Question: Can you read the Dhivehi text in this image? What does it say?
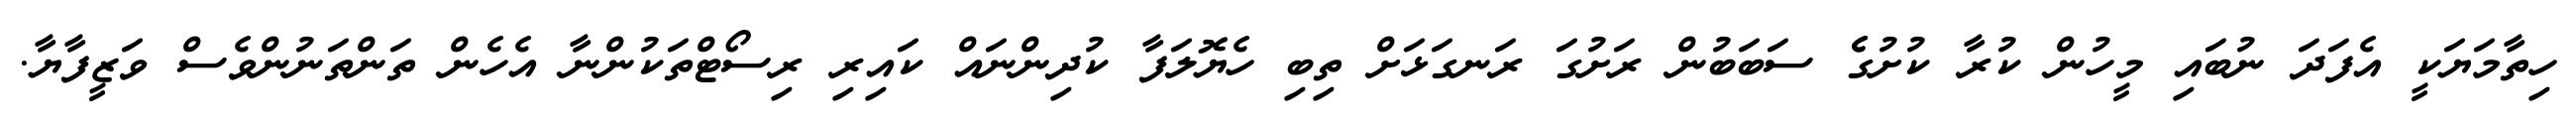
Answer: ހިތާމަޔަކީ އެފަދަ ނުބައި މީހުން ކުރާ ކުށުގެެ ސަބަބުން ރަށުގަ ރަނގަޅަށް ތިބި ހެޔޮލަފާ ކުދިންނައް ކައިރި ރިސޯޓްތަކުންނާ އެހެން ތަންތަނުންވެސް ވަޒީފާޔާ.